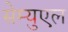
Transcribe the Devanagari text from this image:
सेम्युएल